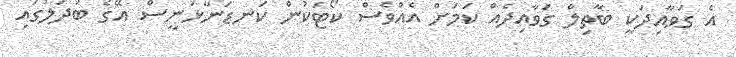
އެ ގަވާއިދަކީ ބާތިލް ގަވާއިދެއް ކަމަށް އެއްވެސް ކޯޓަކުން ކަނޑަނާޅަނީސް އޭގެ ބަދަލުގައި